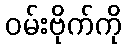
ဝမ်းဗိုက်ကို